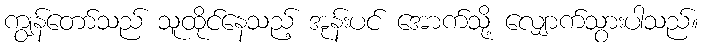
ကျွန်တော်သည် သူထိုင်နေသည့် အုန်းပင် အောက်သို့ လျှောက်သွားပါသည်။